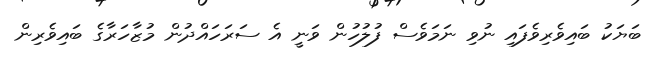
ބަޔަކު ބައިވެރިވެފައި ނުވި ނަމަވެސް ފުލުހުން ވަނީ އެ ސަރަހައްދުން މުޒާހަރާގެ ބައިވެރިން